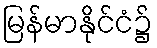
မြန်မာနိုင်ငံ၌